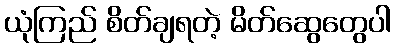
ယုံကြည် စိတ်ချရတဲ့ မိတ်ဆွေတွေပါ